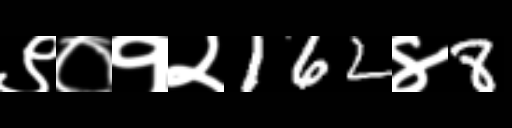
Text: ९०१२162४8